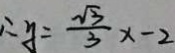
\therefore y = \frac { \sqrt { 3 } } { 3 } x - 2